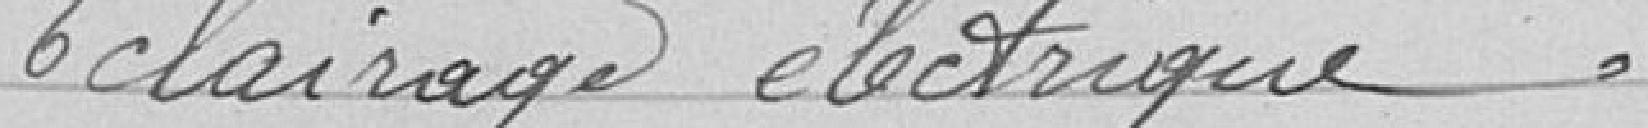
Éclairage électrique